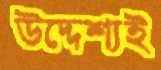
উদ্দেশ্যই